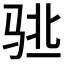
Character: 𱅌